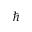
\hbar